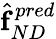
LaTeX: \hat{\boldsymbol{\mathrm{f}}}_{ND}^{pred}